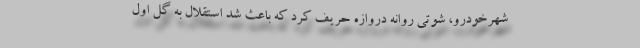
شهرخودرو، شوتی روانه دروازه حریف کرد که باعث شد استقلال به گل اول